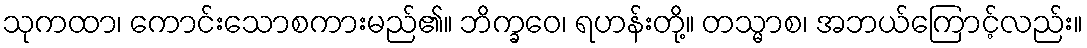
သုကထာ၊ ကောင်းသောစကားမည်၏။ ဘိက္ခဝေ၊ ရဟန်းတို့။ တသ္မာစ၊ အဘယ်ကြောင့်လည်း။